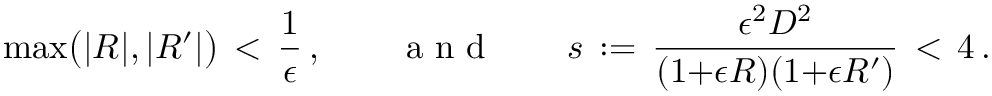
\operatorname* { m a x } \bigl ( | R | , | R ^ { \prime } | \bigr ) \, < \, \frac { 1 } { \epsilon } \, , \qquad \mathrm { ~ a ~ n ~ d ~ } \qquad s \, : = \, \frac { \epsilon ^ { 2 } D ^ { 2 } } { ( 1 { + } \epsilon R ) ( 1 { + } \epsilon R ^ { \prime } ) } \, < \, 4 \, .